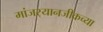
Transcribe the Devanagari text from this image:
मांजर्‍यानजीकच्या